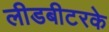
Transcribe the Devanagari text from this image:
लीडबीटरके